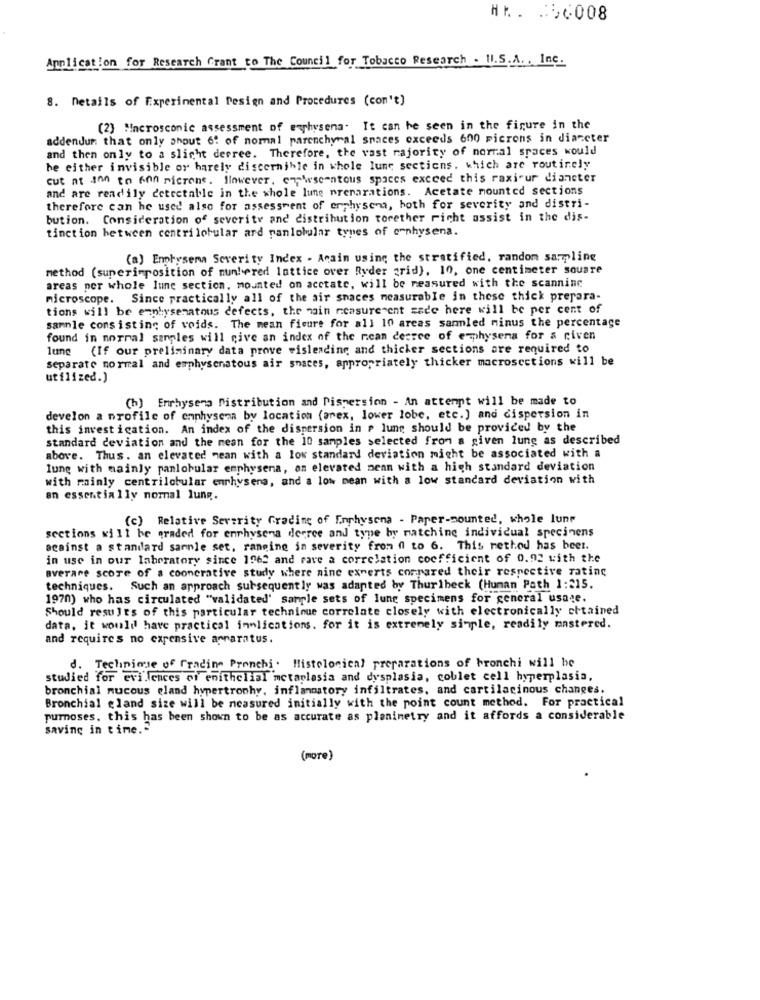
HA. . 90008
Annlication for Research Grant to The Council for Tobacco Research . Il.S.A. , Inc.
8. Details of Experimental Design and Procedures (con't)
(2) "Incrosconic assessment of enphysena. It can be seen in the figure in the
addendum that only shout 6: of nommal parenchyral snaces exceeds 600 microns in diaceter
and then only to a slight deprec. Therefore, the vast majority of normal spaces would
be either invisible or harely discernihle in whole lune sections. which are routinely
cut at inn to kon microns. Jinwever, emwscontous spaces exceed this raxjour dianeter
and are readily detectable in the whole lune preparations. Acetate mounted sections
therefore can be used also for assessment of erphysena, both for severity and distri-
bution. Consideration of severity and distribution torether richt assist in the dis-
tinction between centrilotular ard ranlobular types of ornhysena.
(a) Emphysema Severity Index - Anain using the stratified. random samling
method (superimposition of nun!ered lattice over Ryder grid), 10, one centimeter souare
areas per whole lune section, mounted on acctate, will be measured with the scanning
microscope. Since practically all of the air snaces measurable in these thick prepara-
tions will be emphysematous defects, the main measurement zade here will be per cent of
sammle consisting of voids. The mean ficure for all 10 areas sannled minus the percentage
found in norral samples will give an index of the nean decree of emphysema for a given
lung (If our preliminary data prove wisleading and thicker sections are required to
separate normal and emphysenatous air spaces, appropriately thicker macroscctions will be
utilized.]
(h) Enrhysera Distribution and Dispersion - An attempt will be made to
develon a profile of emphysema by location (arex, lower lobe, etc.) and dispersion in
this investigation. An index of the dispersion in > lung should be provided by the
standard deviation and the mean for the 10 samples selected from a given lung as described
above. Thus. an elevated mean with a low standard deviation might be associated with a
lung with mainly panlobular emphysena, on elevated mean with a high standard deviation
with mainly centrilobular enrhysena, and a low mean with a low standard deviation with
an essentially nommal lung.
(c) Relative Severity Grading of Enphysena - Paper-mounted, whole lune
sections will be graded for enrhysena derree and type by matching individual specinens
against a standard sarnle set, ranging in severity from fl to 6. This rethod has beer.
in use in our laboratory since 1962 and rave a correlation coefficient of 0.92 with the
averare score of a coonerative study where nine experts compared their respective rating
techniques. Such an approach subsequently was adapted by Thurlbeck (Human Path 1:215.
1970) who has circulated "validated' sample sets of lung specimens for general usate.
Should results of this particular technique correlate closely with electronically chtained
data, it would have practical implications. for it is extremely simple, readily mastered.
and requires no expensive apparatus.
d. Technicuse of fradine Pronchi. Histological preparations of bronchi will be
studied for evilences of enithelial metaplasia and dysplasia, coblet cell hyperplasia,
bronchial mucous eland hypertrophy, inflammatory infiltrates, and cartilacinous changes,
Bronchial gland size will be measured initially with the point count method. For practical
purmoses. this has been shown to be as accurate as planimetry and it affords a considerable
saving in time."
(more)